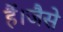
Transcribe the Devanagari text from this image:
हैं।जैसे